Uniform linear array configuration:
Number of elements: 12
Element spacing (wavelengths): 0.25
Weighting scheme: uniform
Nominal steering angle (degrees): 60
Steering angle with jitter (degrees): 59.877
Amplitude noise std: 0.05
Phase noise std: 0.05

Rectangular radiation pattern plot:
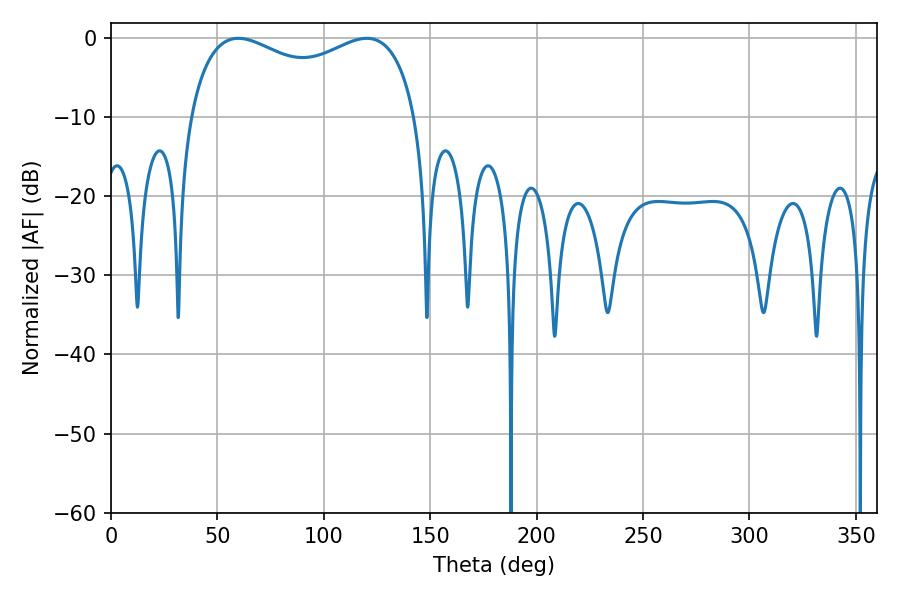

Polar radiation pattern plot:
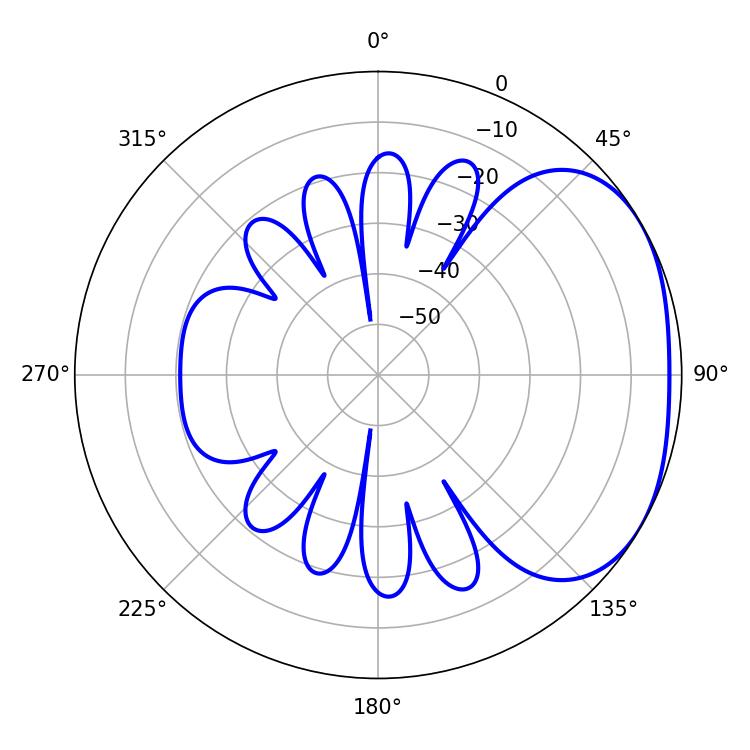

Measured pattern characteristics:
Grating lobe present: FALSE
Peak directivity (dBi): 2.451
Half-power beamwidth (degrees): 88.56
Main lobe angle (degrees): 59.76